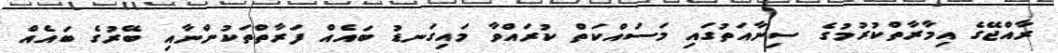
ރާއްޖޭގެ އިމާރާތްކުރުމުގެ ސިނާއަތުގައި މަސައްކަތް ކުރައްވާ މައިގަނޑު ބައެއް ފަރާތްތަކުންނާއި ބޭރުގެ ބައެއް